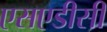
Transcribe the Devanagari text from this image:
एसएडीसी